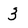
Character: 3